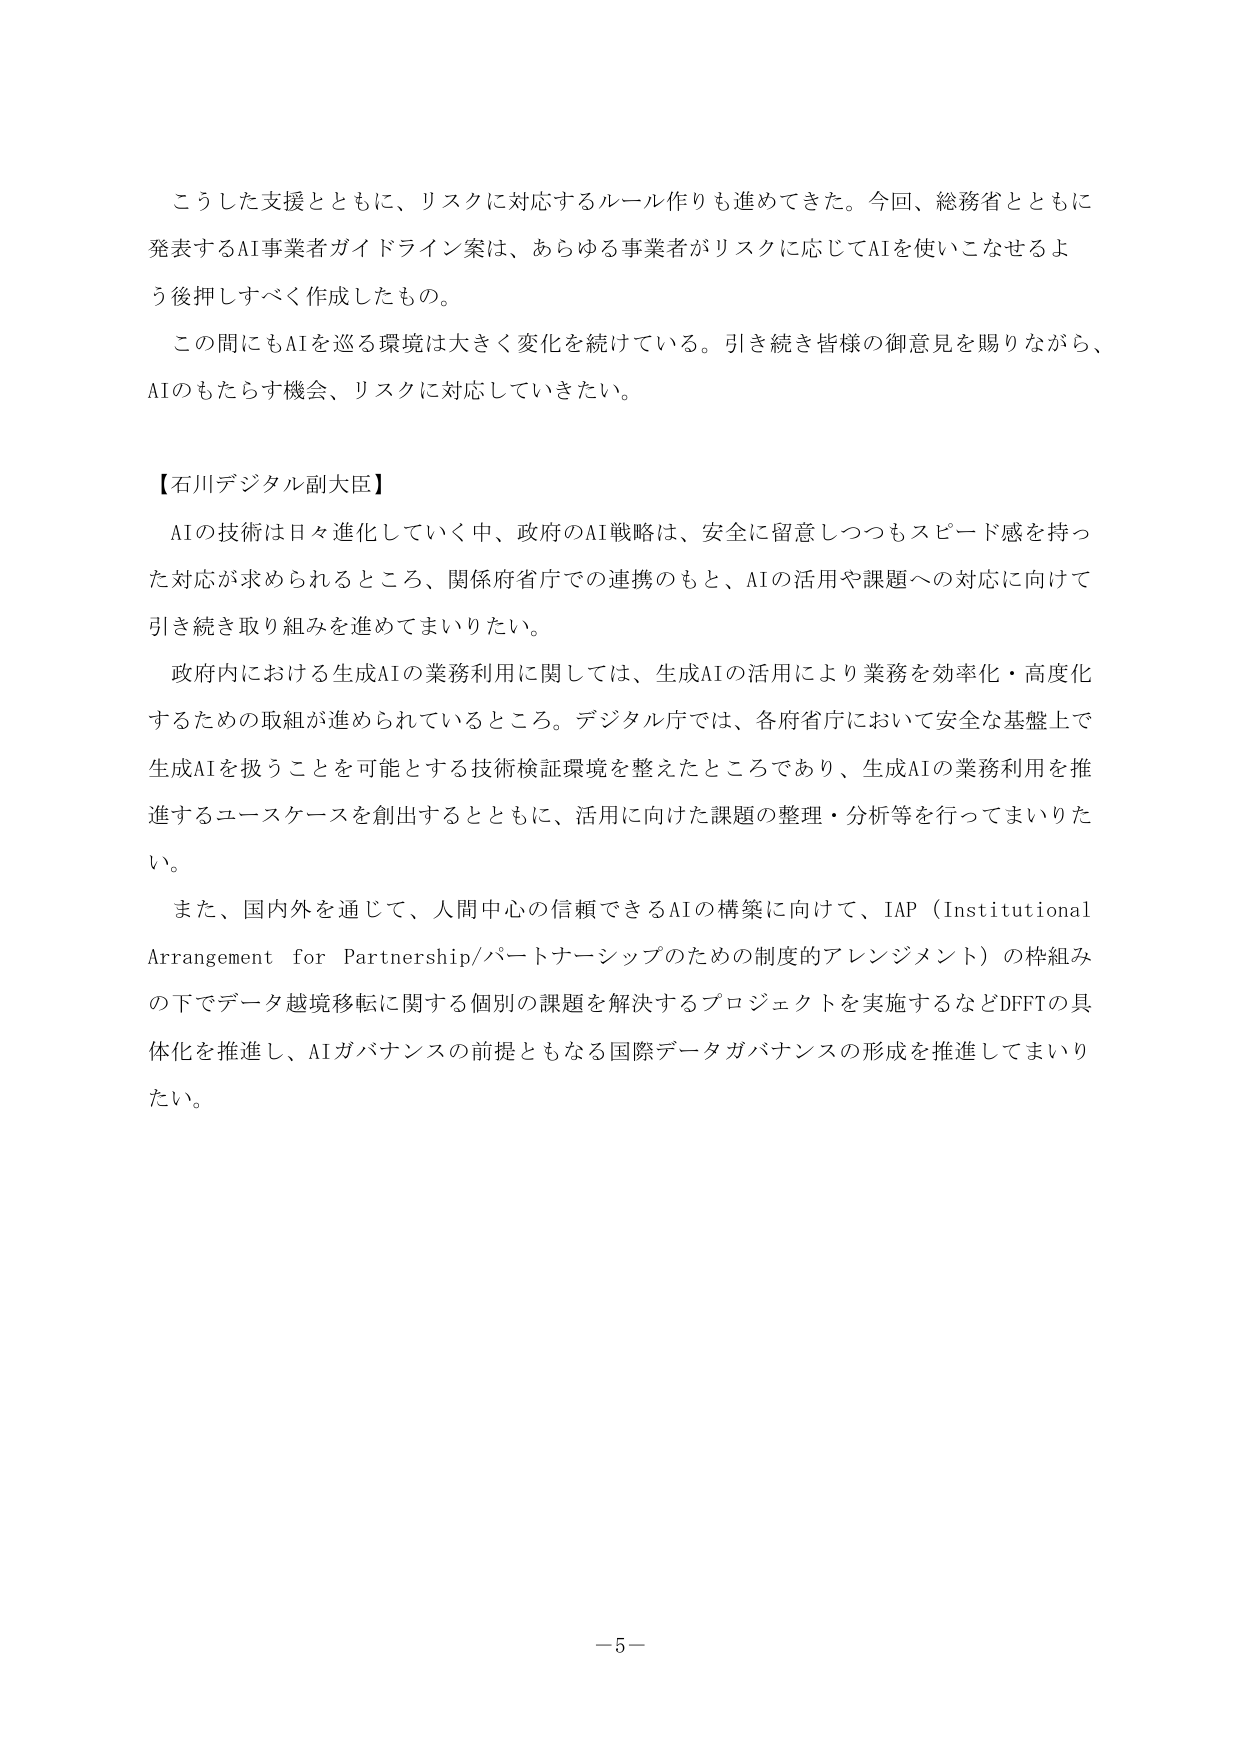
こうした支援とともに、リスクに対応するルール作りも進めてきた。今回、総務省とともに発表するAI事業者ガイドライン案は、あらゆる事業者がリスクに応じてAIを使いこなせるよう後押しすべく作成したもの。

この間にもAIを巡る環境は大きく変化を続けている。引き続き皆様の御意見を賜りながら、AIのもたらす機会、リスクに対応していきたい。

【石川デジタル副大臣】

AIの技術は日々進化していく中、政府のAI戦略は、安全に留意しつつもスピード感を持った対応が求められるところ、関係府省庁での連携のもと、AIの活用や課題への対応に向けて引き続き取り組みを進めてまいりたい。

政府内における生成AIの業務利用に関しては、生成AIの活用により業務を効率化・高度化するための取組が進められているところ。デジタル庁では、各府省庁において安全な基盤上で生成AIを扱うことを可能とする技術検証環境を整えたところであり、生成AIの業務利用を推進するユースケースを創出するとともに、活用に向けた課題の整理・分析等を行ってまいりたい。

また、国内外を通じて、人間中心の信頼できるAIの構築に向けて、IAP（Institutional Arrangement for Partnership/パートナーシップのための制度的アレンジメント）の枠組みの下でデータ越境移転に関する個別の課題を解決するプロジェクトを実施するなどDFFTの具体化を推進し、AIガバナンスの前提ともなる国際データガバナンスの形成を推進してまいりたい。

－5－